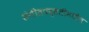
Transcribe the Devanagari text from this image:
संगीतपद्धतीमधील